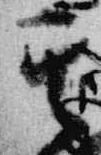
其